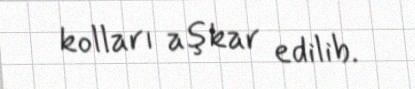
kolları aşkar edilib.